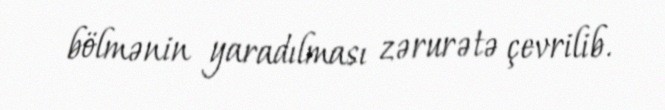
bölmənin yaradılması zərurətə çevrilib.